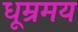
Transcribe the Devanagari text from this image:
धूम्रमय